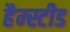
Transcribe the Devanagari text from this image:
हैम्स्टीड